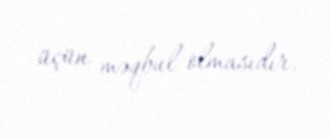
üçün məqbul olmasıdır.